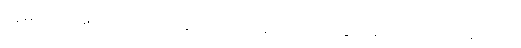
လူမျိုးများအားသတ်ဖြတ်ခြင်း၊အိမ်မဲ့အိုးမဲ့ပြုလုပ်ခြင်းများပြုလုပ်ခဲ့ကြသည်။